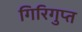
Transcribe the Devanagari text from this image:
गिरिगुप्त